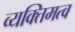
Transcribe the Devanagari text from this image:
व्यक्‍तिमत्व